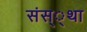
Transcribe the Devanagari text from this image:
संस््था